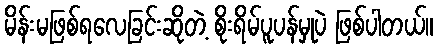
မိန်းမဖြစ်ရလေခြင်းဆိုတဲ့ စိုးရိမ်ပူပန်မှုပဲ ဖြစ်ပါတယ်။